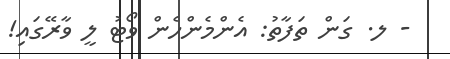
- ލ. ގަން ތަފާތު: އެންމެންހެން ވޯޓު ލީ ވާރޭގައި!